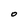
Character: 0